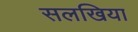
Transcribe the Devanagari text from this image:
सलखिया